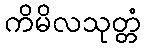
ကိမိလသုတ္တံ